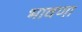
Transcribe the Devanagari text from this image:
भावणा